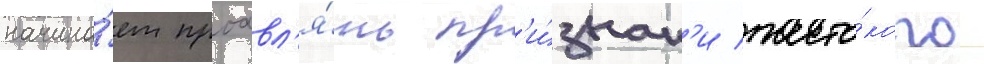
начина́ет проавл'я́ть пр'и́знак'и жесто́кого